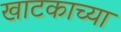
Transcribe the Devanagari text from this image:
खाटकाच्या